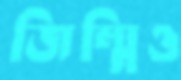
জিম্মিও